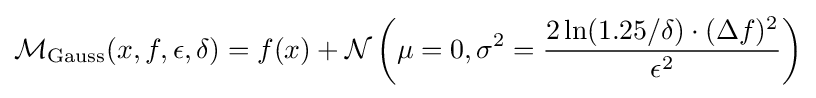
{\mathcal {M}}_{\text{Gauss}}(x,f,\epsilon ,\delta )=f(x)+{\mathcal {N}}\left(\mu =0,\sigma ^{2}={\frac {2\ln(1.25/\delta )\cdot (\Delta f)^{2}}{\epsilon ^{2}}}\right)